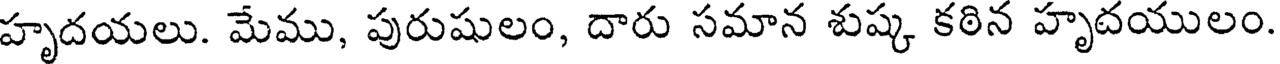
హృదయలు. మేము, పురుషులం, దారు సమాన శుష్క కఠిన హృదయులం